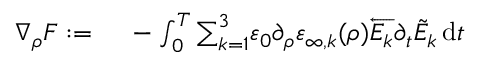
\begin{array} { r l } { \nabla _ { \rho } F : = } & { { } \; - \int _ { 0 } ^ { T } { \sum _ { k = 1 } ^ { 3 } } \varepsilon _ { 0 } \partial _ { \rho } \varepsilon _ { \infty , k } ( \rho ) \overleftarrow { E _ { k } } \partial _ { t } \Tilde { E } _ { k } \, \mathrm { d } t } \end{array}